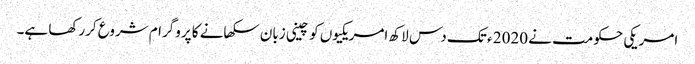
امریکی حکومت نے 2020 ء تک دس لاکھ امریکیوں کو چینی زبان سکھانے کا پروگرام شروع کررکھا ہے۔